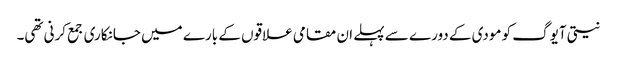
نیتی آیوگ کو مودی کے دورے سے پہلے ان مقامی علاقوں کے بارے میں جانکاری جمع کرنی تھی۔